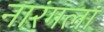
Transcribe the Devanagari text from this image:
नारंगला